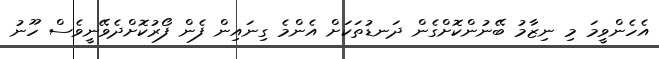
އެހެންވީމަ މި ނިޒާމު ބޭނުންކޮށްގެން ދަނޑުތަކަށް އެންމެ ގިނައިން ފެން ފޯރުކޮށްދެވޭނީވެސް ހޫނު